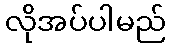
လိုအပ်ပါမည်